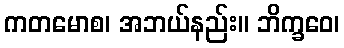
ကတမောစ၊ အဘယ်နည်း။ ဘိက္ခဝေ၊